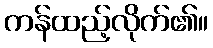
ကန်ထည့်လိုက်၏။